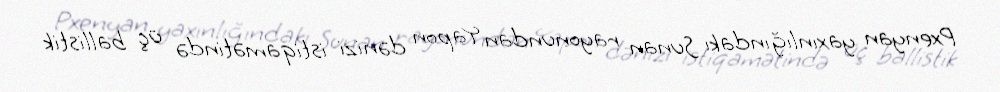
Pxenyan yaxınlığındakı Sunan rayonundan Yapon dənizi istiqamətində üç ballistik